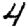
Digit: 4